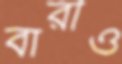
বারীও